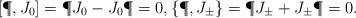
LaTeX: \begin{align*}[\P,J_0]=\P J_0-J_0\P=0, \{\P,J_\pm\}=\P J_\pm + J_\pm \P= 0.\end{align*}